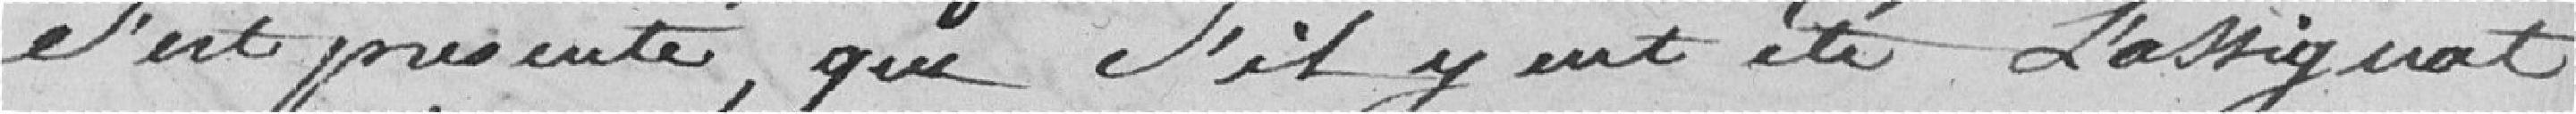
s'est présenté, que s'il y eut été l'assignat